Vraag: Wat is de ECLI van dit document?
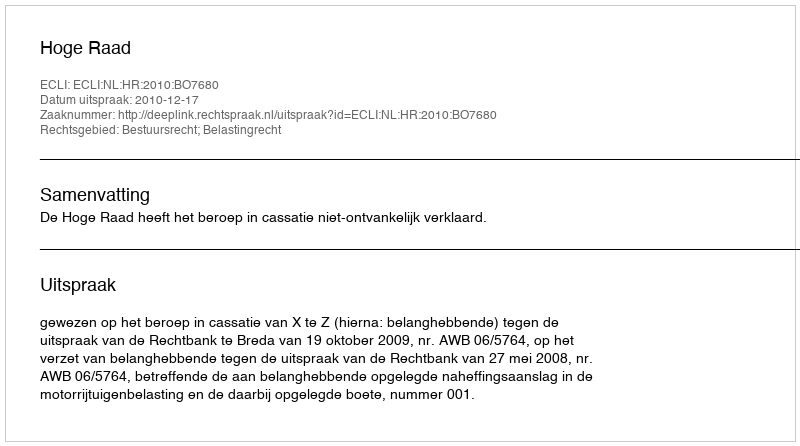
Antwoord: ECLI:NL:HR:2010:BO7680